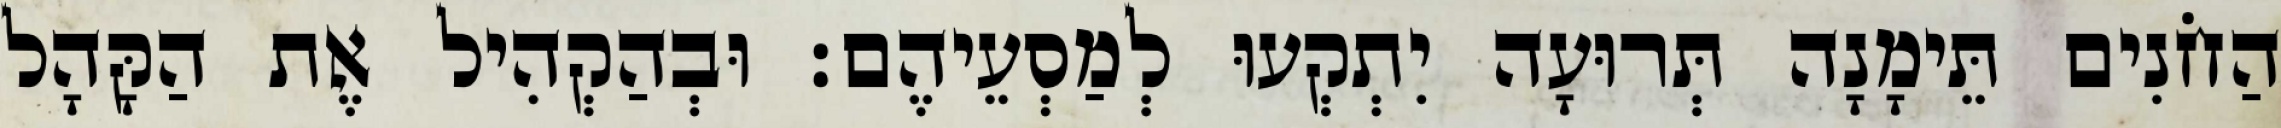
הַחֹנִים תֵּימָנָה תְּרוּעָה יִתְקְעוּ לְמַסְעֵיהֶם׃ וּבְהַקְהִיל אֶת הַקָּהָל